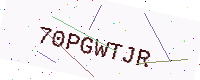
Text: 70PGWTJR